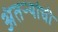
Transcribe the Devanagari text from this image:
अंतऱ्यांची